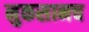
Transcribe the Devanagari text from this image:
नुकसानच